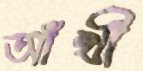
আঁখী